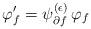
LaTeX: \begin{align*}\varphi_f' = \psi_{\partial f}^{(\epsilon)} \, \varphi_f\end{align*}